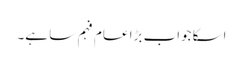
اسکا جواب بڑا عام فہم سا ہے۔